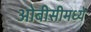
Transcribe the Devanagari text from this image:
ओबीसीमध्ये